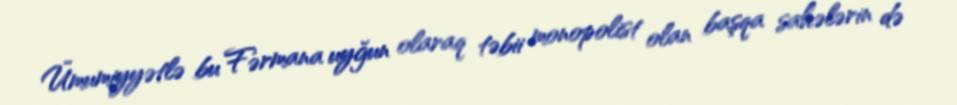
Ümumiyyətlə bu Fərmana uyğun olaraq təbii monopolist olan başqa sahələrin də